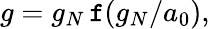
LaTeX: g=g_{N}\, \mathtt{f}(g_{N}/a_{0}),